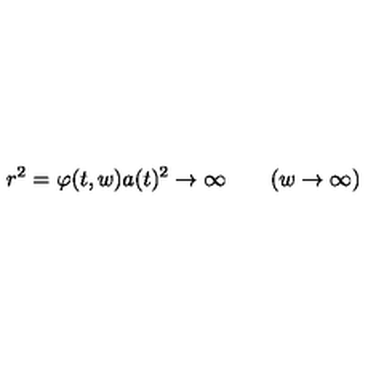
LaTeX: r ^ { 2 } = \varphi ( t , w ) a ( t ) ^ { 2 } \to \infty \qquad ( w \to \infty )